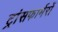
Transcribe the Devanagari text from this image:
ट्रांसफार्मरों